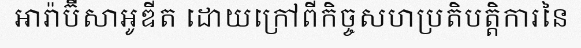
អារ៉ាប៊ីសាអូឌីត ដោយក្រៅពីកិច្ចសហប្រតិបត្តិការនៃ